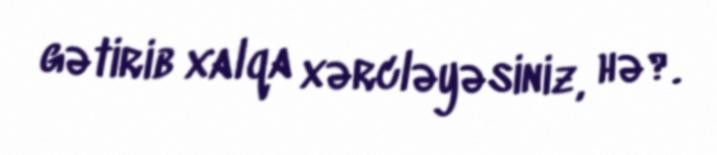
gətirib xalqa xərcləyəsiniz, hə?.